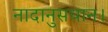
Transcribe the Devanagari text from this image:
नादानुसधान।